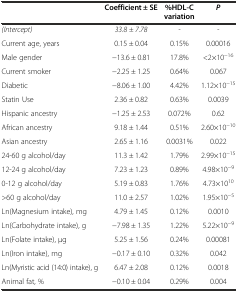
|  | Coefficient ± SE | %HDL-C variation | P |
 | --- | --- | --- | --- |
 | (Intercept) | 33.8 ± 7.78 | - | - |
 | Current age, years | 0.15 ± 0.04 | 0.15% | 0.00016 |
 | Male gender | −13.6 ± 0.81 | 17.8% | <2×10−16 |
 | Current smoker | −2.25 ± 1.25 | 0.64% | 0.067 |
 | Diabetic | −8.06 ± 1.00 | 4.42% | 1.12×10−15 |
 | Statin Use | 2.36 ± 0.82 | 0.63% | 0.0039 |
 | Hispanic ancestry | −1.25 ± 2.53 | 0.072% | 0.62 |
 | African ancestry | 9.18 ± 1.44 | 0.51% | 2.60×10−10 |
 | Asian ancestry | 2.65 ± 1.16 | 0.0031% | 0.022 |
 | 24-60 g alcohol/day | 11.3 ± 1.42 | 1.79% | 2.99×10−15 |
 | 12-24 g alcohol/day | 7.23 ± 1.23 | 0.89% | 4.98×10−9 |
 | 0-12 g alcohol/day | 5.19 ± 0.83 | 1.76% | 4.73×1010 |
 | >60 g alcohol/day | 11.0 ± 2.57 | 1.02% | 1.95×10−5 |
 | Ln(Magnesium intake), mg | 4.79 ± 1.45 | 0.12% | 0.0010 |
 | Ln(Carbohydrate intake), g | −7.98 ± 1.35 | 1.22% | 5.22×10−9 |
 | Ln(Folate intake), μg | 5.25 ± 1.56 | 0.24% | 0.00081 |
 | Ln(Iron intake), mg | −0.17 ± 0.10 | 0.32% | 0.042 |
 | Ln(Myristic acid (14:0) intake), g | 6.47 ± 2.08 | 0.12% | 0.0018 |
 | Animal fat, % | −0.10 ± 0.04 | 0.29% | 0.004 |